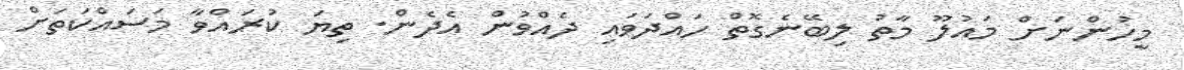
މީހުންނަށް މައުލޫ މާތު ލިބޭނެގޮތް ހައްދަވައި ދެއްވުން އެދެން. ތިޔަ ކުރައްވާ މަސައްކަތަށް